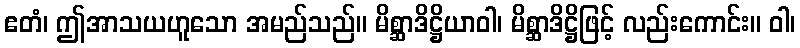
ဧတံ၊ ဤအာသယဟူသော အမည်သည်။ မိစ္ဆာဒိဋ္ဌိယာဝါ၊ မိစ္ဆာဒိဋ္ဌိဖြင့် လည်းကောင်း။ ဝါ၊